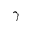
\gamma